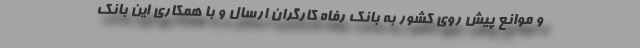
و موانع پیش روی کشور به بانک رفاه کارگران ارسال و با همکاری این بانک